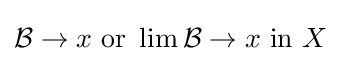
{\mathcal {B}}\to x{\text{ or }}\lim {\mathcal {B}}\to x{\text{ in }}X